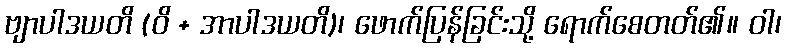
ဗျာပါဒယတိ (ဝိ + အာပါဒယတိ)၊ ဖောက်ပြန်ခြင်းသို့ ရောက်စေတတ်၏။ ဝါ၊